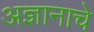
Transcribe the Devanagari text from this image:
अज्ञानाचे